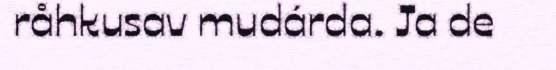
råhkusav mudárda. Ja de